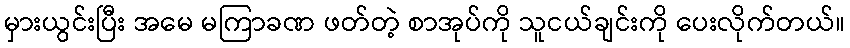
မှားယွင်းပြီး အမေ မကြာခဏ ဖတ်တဲ့ စာအုပ်ကို သူငယ်ချင်းကို ပေးလိုက်တယ်။